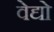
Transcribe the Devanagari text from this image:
वेद्यो